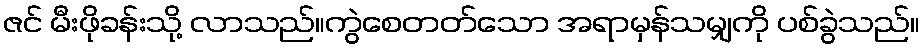
ဇင် မီးဖိုခန်းသို့ လာသည်။ကွဲစေတတ်သော အရာမှန်သမျှကို ပစ်ခွဲသည်။